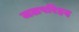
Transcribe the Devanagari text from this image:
जलपरिहृद